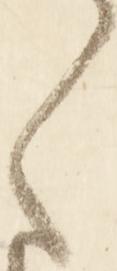
ま